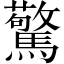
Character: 驚